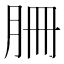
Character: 𦙱